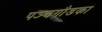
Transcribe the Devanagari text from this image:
पञ्चगौडका